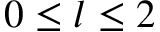
0 \leq l \leq 2